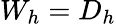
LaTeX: W_{h}=D_{h}